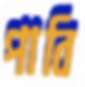
পাবি